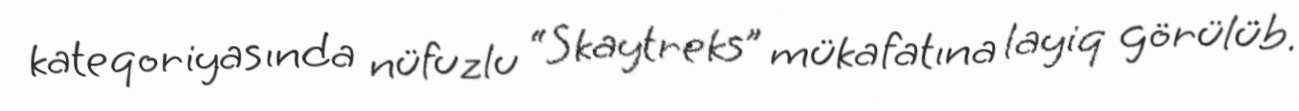
kateqoriyasında nüfuzlu “Skaytreks” mükafatına layiq görülüb.